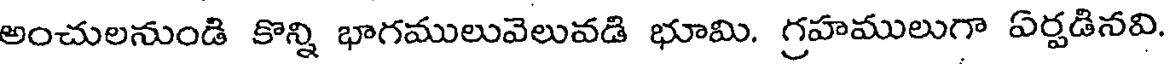
అంచులనుండి కొన్ని భాగములువెలువడి భూమి. గ్రహములుగా ఏర్పడినవి